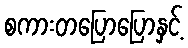
စကားတပြောပြောနှင့်